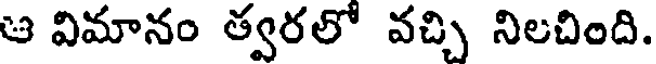
ఆ విమానం త్వరలో వచ్చి నిలచింది.